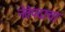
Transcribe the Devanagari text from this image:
नेतेपदाचा